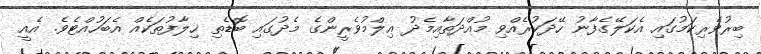
ބިރުވެރިކަމުގައި އެކަލޭގެފާނު ހޭދަކުރެއްވި މުއްދަތާއިމެދު ޢިލްމުވެރީންގެ މެދުގައި ބޮޑެތި ޚިލާފުތަކެއް އެބަހުއްޓެވެ. އެއީ